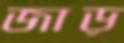
জাড়